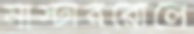
মাস্টাররোলে